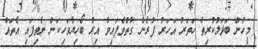
މީހުން ބަދަލުކުރިތާ ހަތަރު އަހަރު ފުރެން ގާތްވެފައިވާ އިރު ބޯހިޔާވަހިކަން ނެތިފައި އެތައް